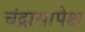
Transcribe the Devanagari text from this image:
चंद्रासापेक्ष